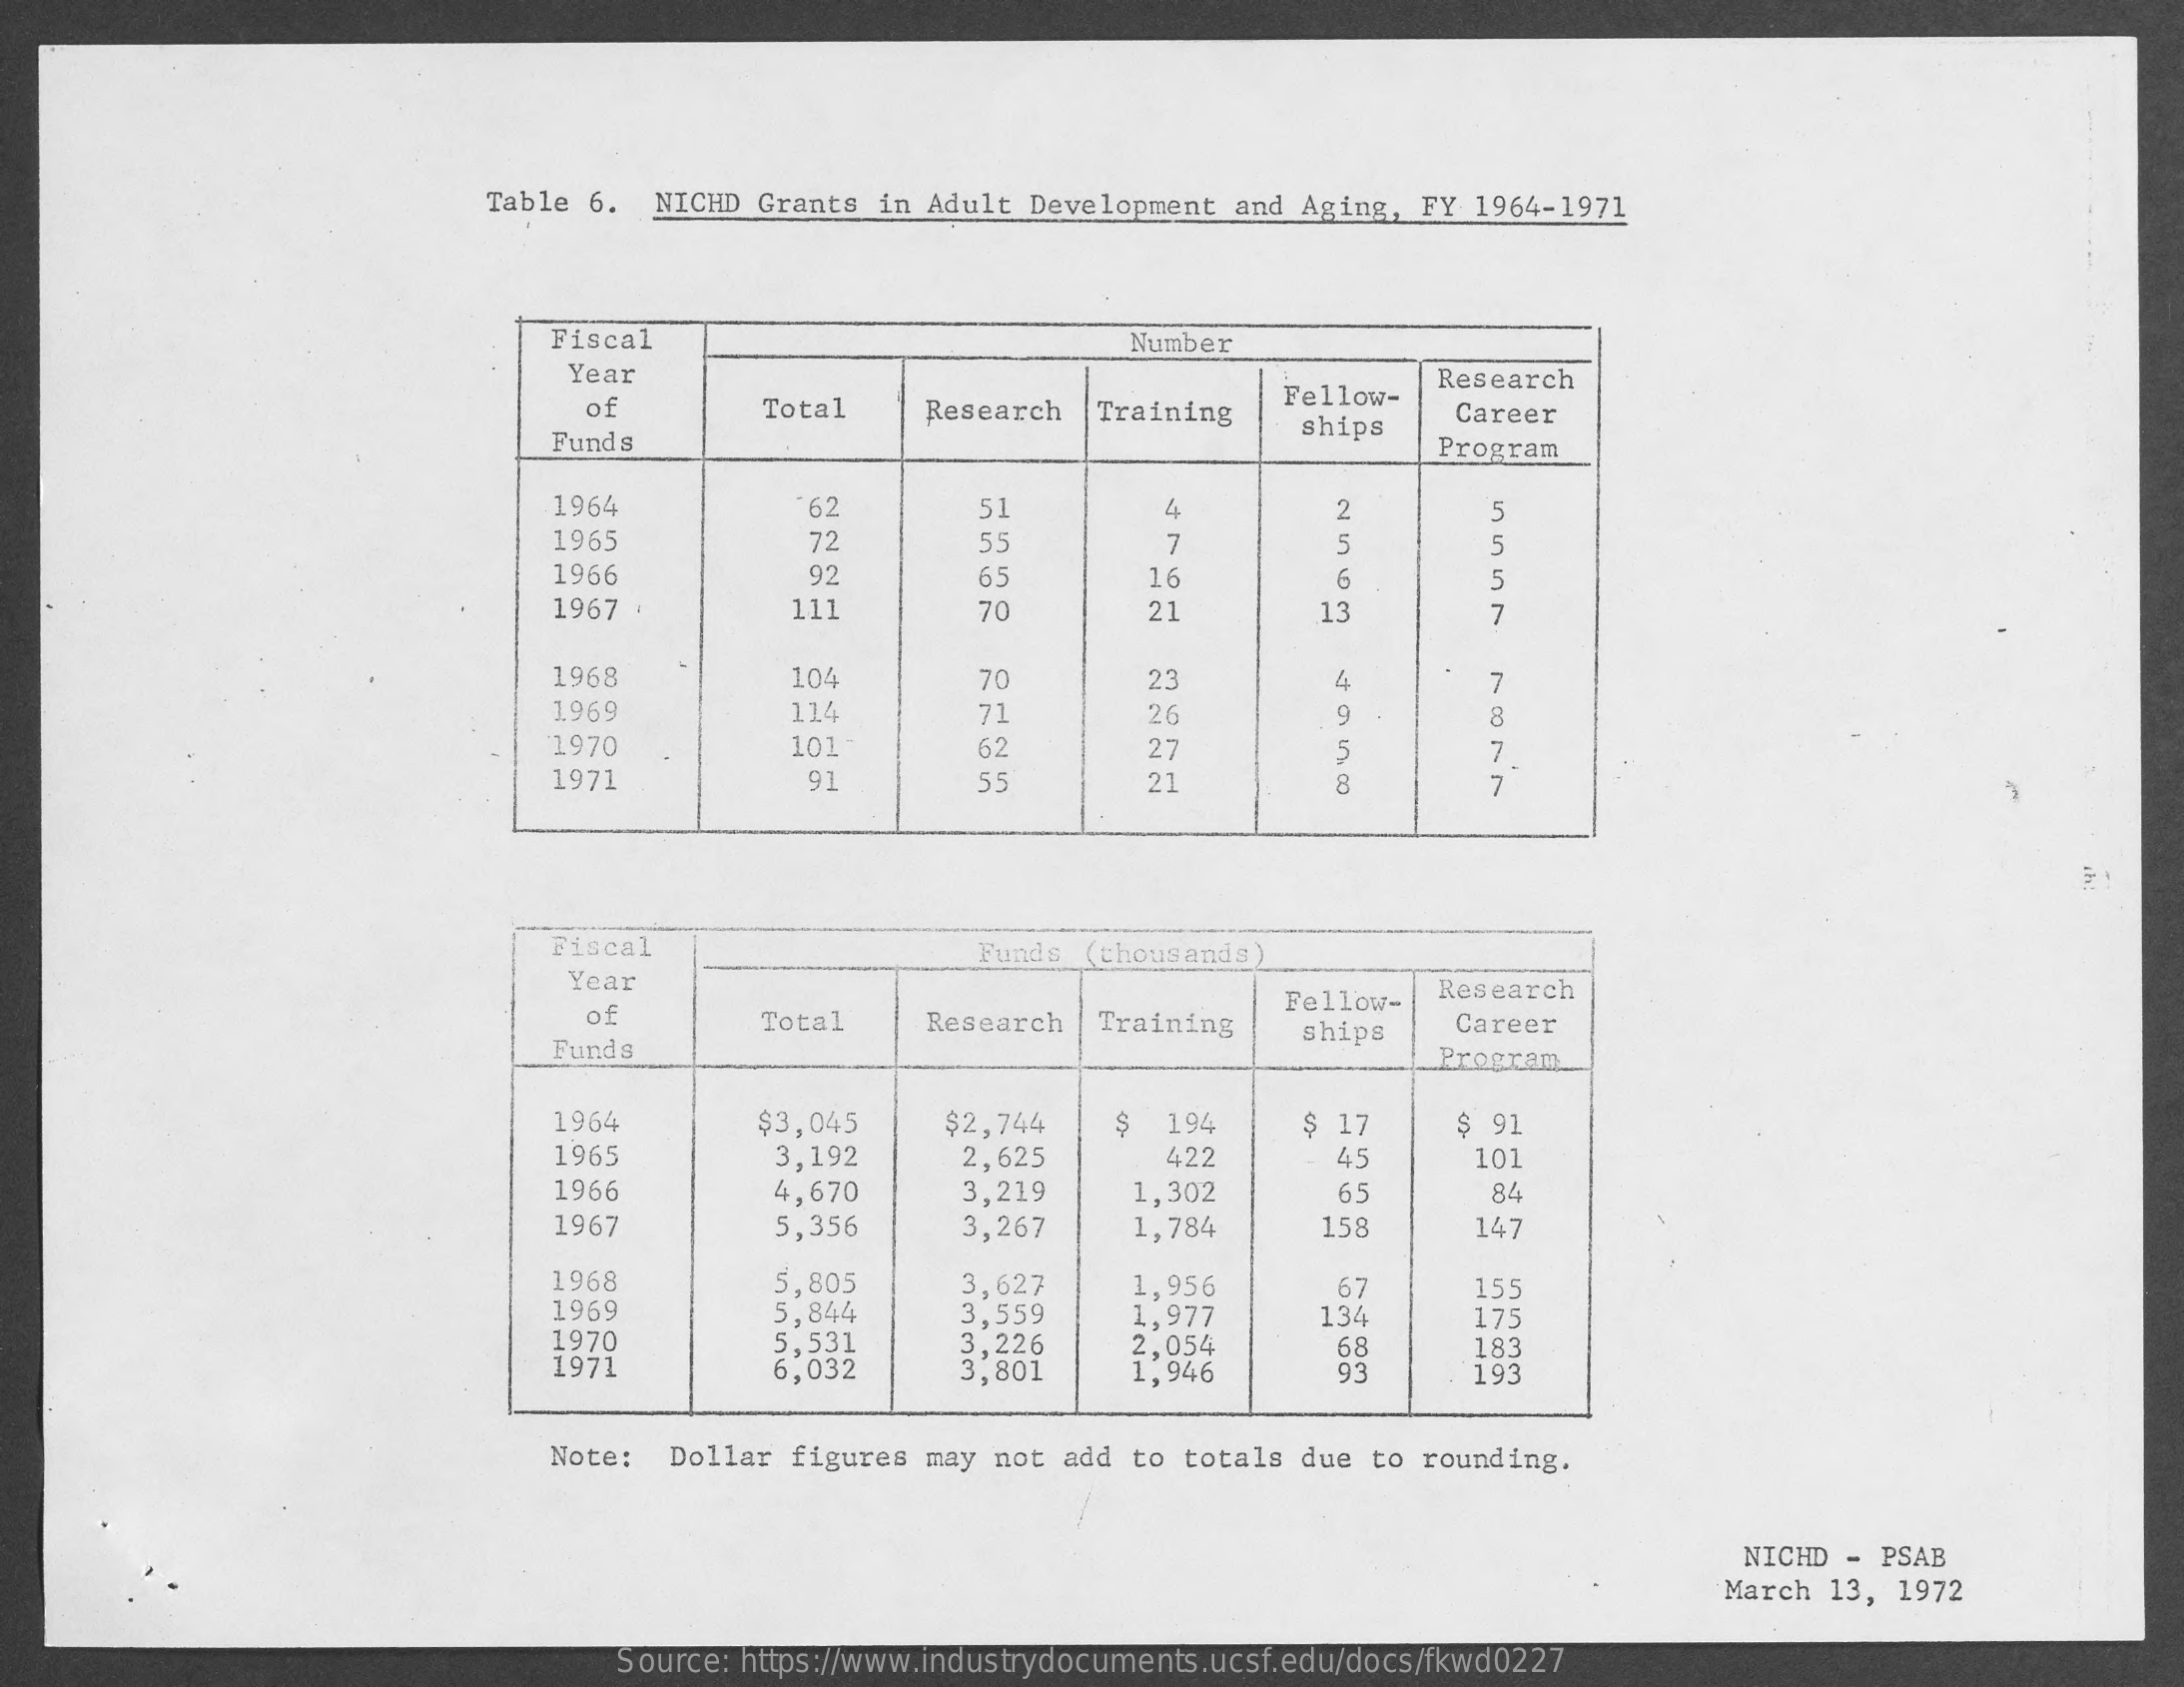
Table 6.  NICHD Grants  in Adult Development  and Aging, FY  1964-1971
     Fiscal    Number
     Year    Research
     of    Total    Research   Training
     Fellow-
     Career
     Funds
     ships
     Program
     1964    62    51    4
     1965    72    55    7    5    5
     1966    92    65    16    6    5
     1967    111    70    21    13    7
     1968    104    70    23
     1969    114    71
     7
     26    9    8
     1970    101 -    62    27    5
     1971    55    21
     7
     91    7
     Fiscal    Funds (thousands)
     Year
     Fellow-   Research
     of    Total    Research   Training    ships    Career
     Funds    Program
     1964    $3,045    $2,744    $  194    $ 17    $ 91
     1965    3,192    2,625    422    45    101
     1966    4,670    3,219    1,302    65    84
     1967    5,356    3,267    1,784    158    147
     1968    5,805
     1969    5,844
     3,627    1,956    67    155
     1970
     3,559    1,977    134    175
     1971
     5,531
     6,032
     3,226
     3,801
     2,054
     1,946
     68    183
     93    193
     Note:   Dollar figures  may not add  to totals due to  rounding.
     NICHD - PSAB
     March  13, 1972
     Source: https://www.industrydocuments.ucsf.edu/docs/fkwd0227